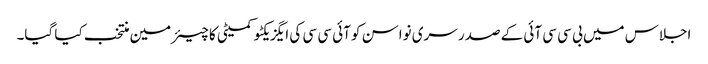
اجلاس میں بی سی سی آئی کے صدر سری نواسن کو آئی سی سی کی ایگزیکٹو کمیٹی کا چیئرمین منتخب کیا گیا۔